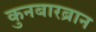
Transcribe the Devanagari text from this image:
कुनबारब्रान